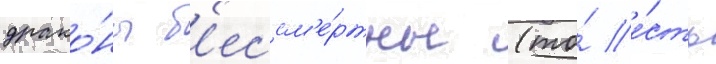
драко́ны б'ессм'е́ртны (то́ е́сть